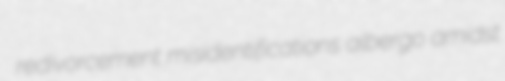
redivorcement misidentifications albergo amidst